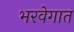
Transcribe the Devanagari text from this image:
भरवेगात